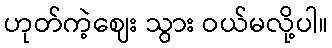
ဟုတ်ကဲ့ဈေး သွား ဝယ်မလို့ပါ။